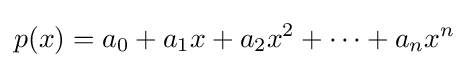
p(x)=a_{0}+a_{1}x+a_{2}x^{2}+\cdots +a_{n}x^{n}